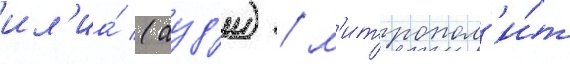
ил'иа́ (ауд'и) / м'итропол'и́т